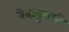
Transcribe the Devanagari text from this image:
वेदानुसारी